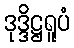
ဒုဒ္ဒိဋ္ဌရူပံ